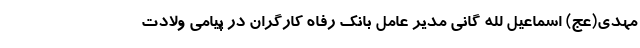
مهدی(عج) اسماعیل لله گانی مدیر عامل بانک رفاه کارگران در پیامی ولادت